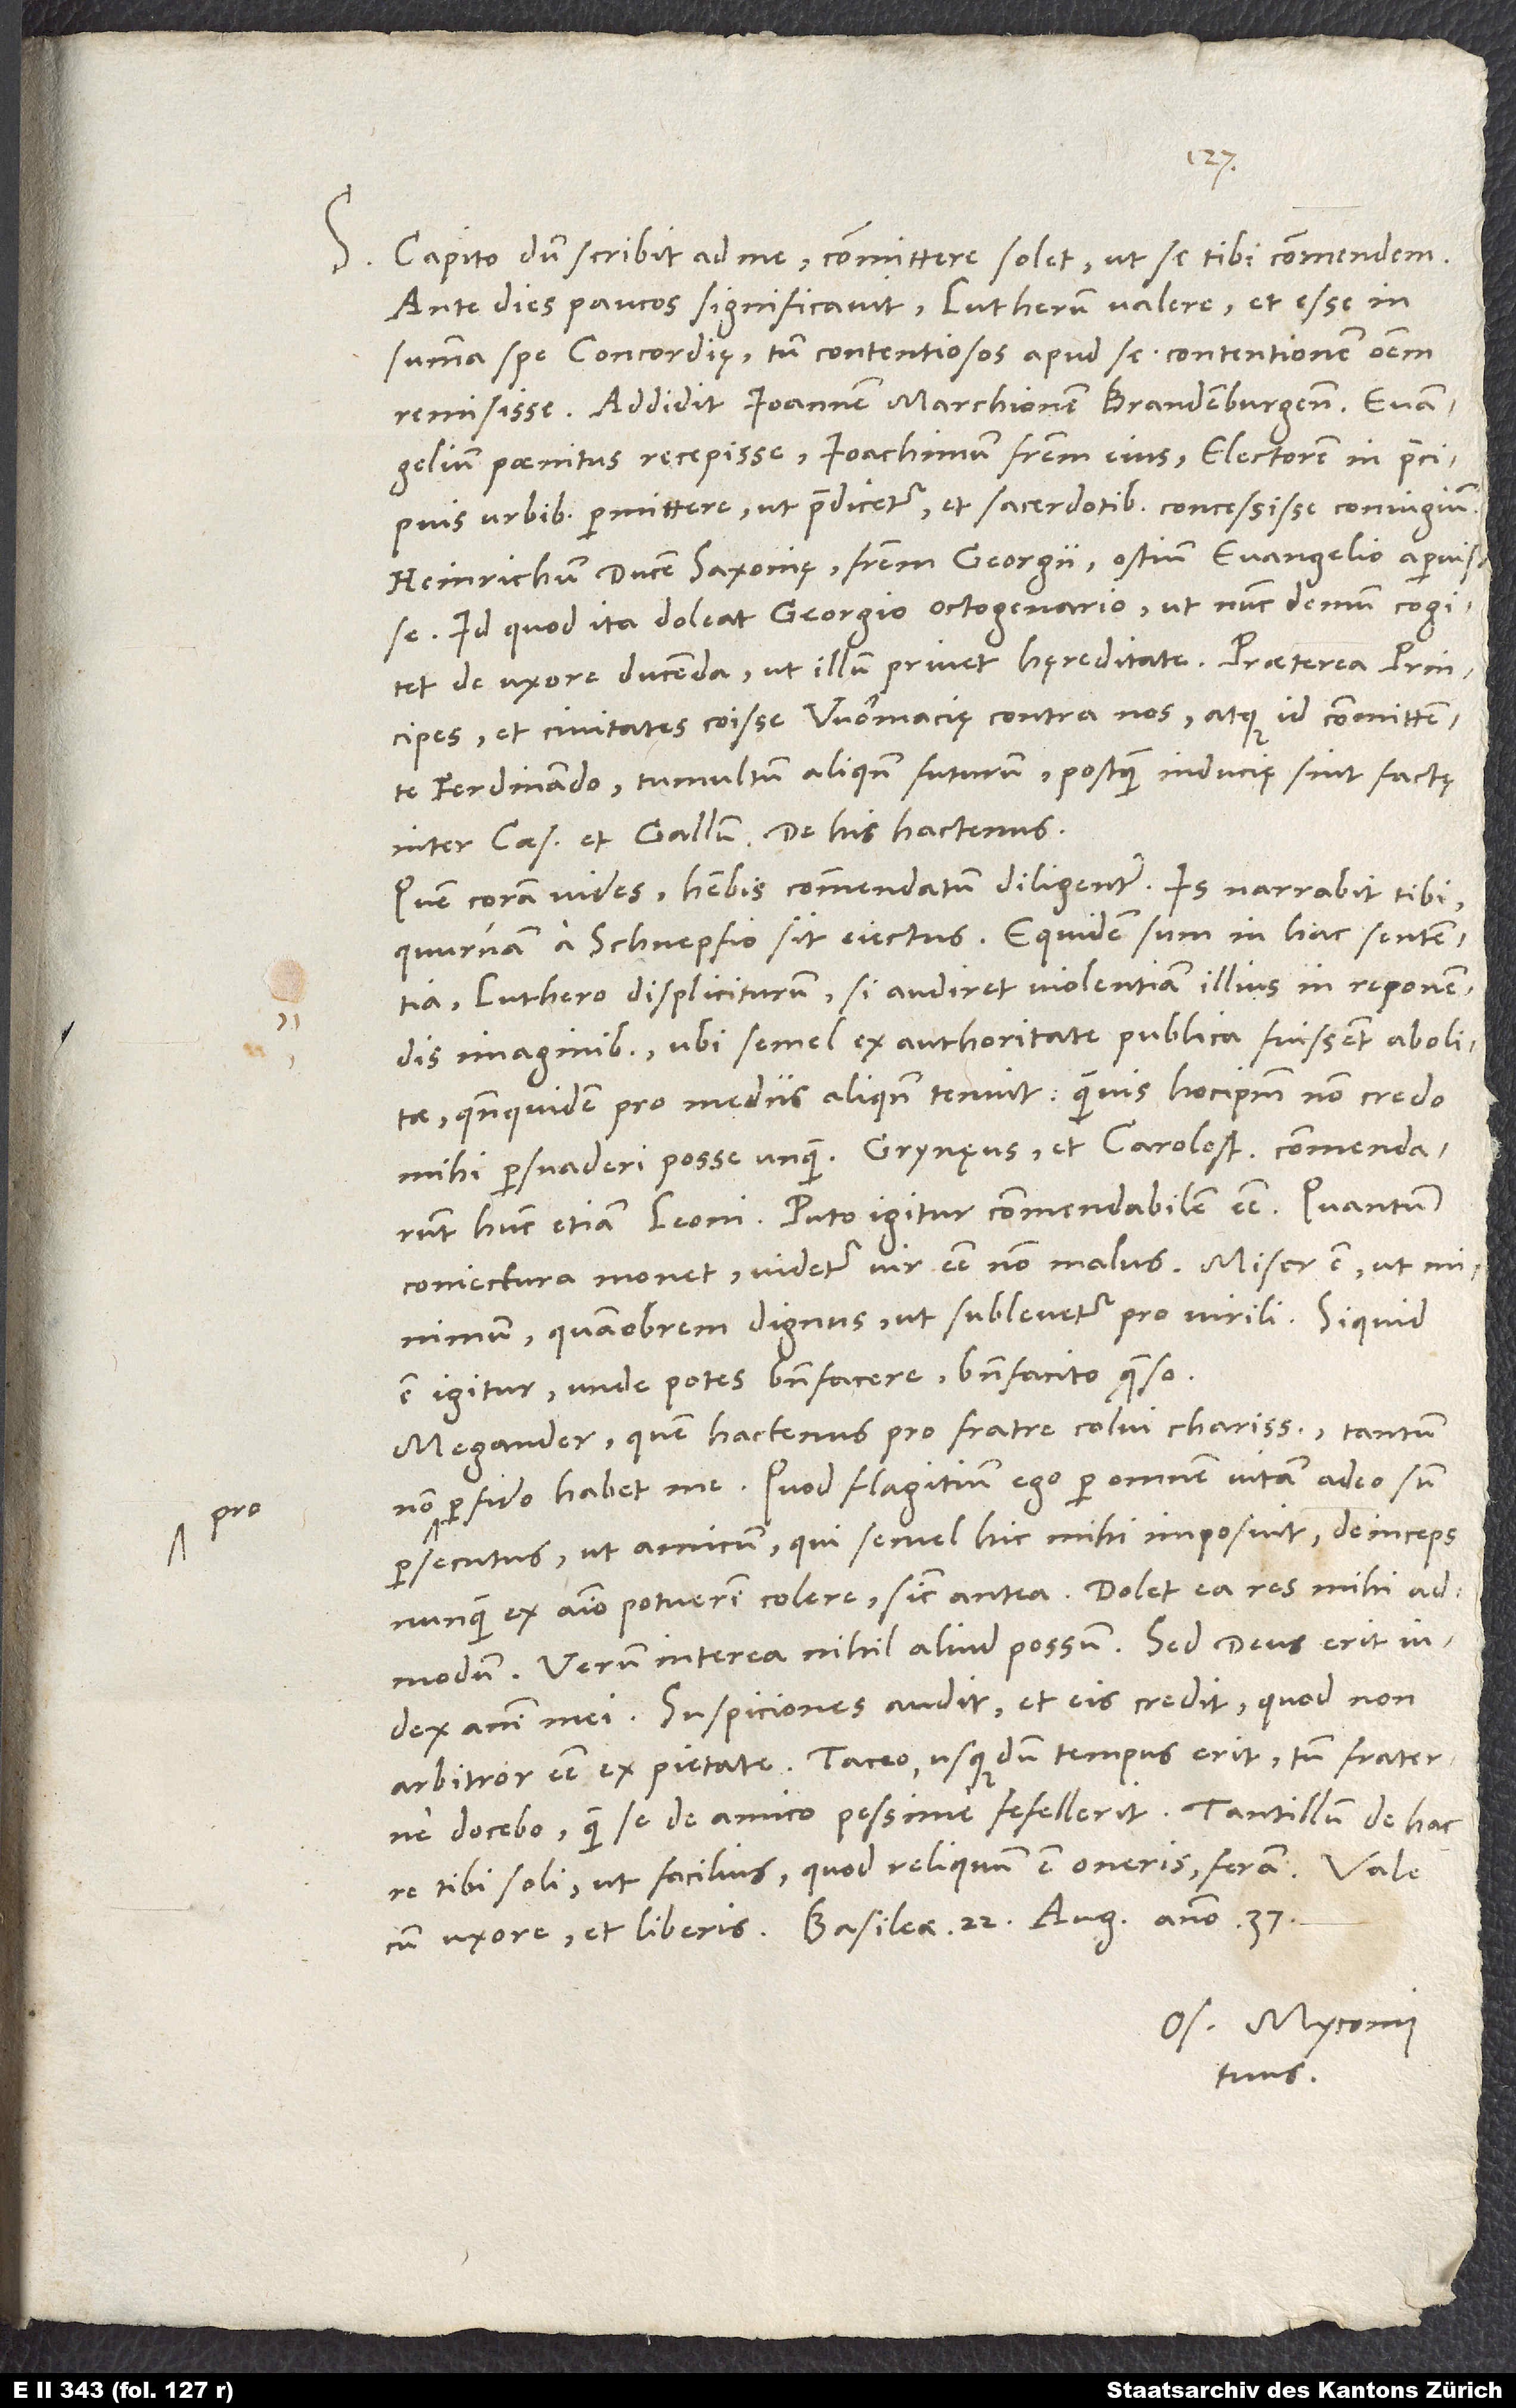
pro

S. Capito dum scribit ad me, committere solet, ut se tibi commendem.
Ante dies paucos significavit Lutherum valere et esse in
summa spe concordię, tum contentiosos apud se contentionem omnem
remisisse. Addidit Ioannem, marchionem Brandenburgensem, evangelium
paenitus recepisse, Ioachimum, fratrem eius, electorem, in praecipuis
urbibus permittere, ut praedicetur, et sacerdotibus concessisse coniugium,
Heinrichum, ducem Saxoniae, fratrem Georgii, ostium evangelio aperuisse.
Id quod ita doleat Georgio octogenario, ut nunc demum cogitet
de uxore ducenda, ut illum privet hęreditate. Praeterea principes
et civitates coisse Wormacię contra nos, atque id committente
Ferdinando; tumultum aliquando futurum, postquam inducię sint factę
inter caesarem et Gallum. De his hactenus.
Quem coram vides, habebis commendatum diligenter. Is narrabit tibi,
quurnam a Schnepfio sit eiectus. Equidem sum in hac sententia,
Luthero displiciturum, si audiret violentiam illius in reponendis
imaginibus, ubi semel ex authoritate publica fuissent abolitae,
quandoquidem pro mediis aliquando tenuit, quamvis hocipsum non credo
mihi persuaderi posse unquam. Grynęus et Carolostadius commendarunt
hunc etiam Leoni. Puto igitur commendabilem esse. Quantum
coniectura monet, videtur vir esse non malus. Miser est, ut minimum,
quamobrem dignus, ut sublevetur pro virili. Siquid
est igitur, unde potes benefacere, benefacito, quaeso.
Megander, quem hactenus pro fratre colui charissimo, tantum
perfido habet me. Quod flagitium ego per omnem vitam adeo sum
persecutus, ut amicum, qui semel hic mihi imposuit, deinceps
nunquam ex animo potuerim colere sicut antea. Dolet ea res mihi
admodum. Verum interea nihil aliud possum. Sed deus erit
iudex animi mei. Suspiciones audit et eis credit, quod non
arbitror esse ex pietate. Taceo, usquedum tempus erit; tum fraterne
docebo, quam se de amico pessime fefellerit. Tantillum de hac
tibi soli, ut facilius, quod reliquum est oneris, feram.
Os. Myconius
tuus.